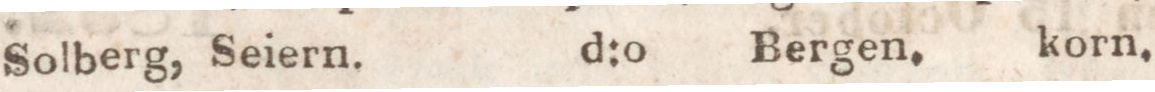
Solberg, Seiern.    d:o    Bergen. korn.